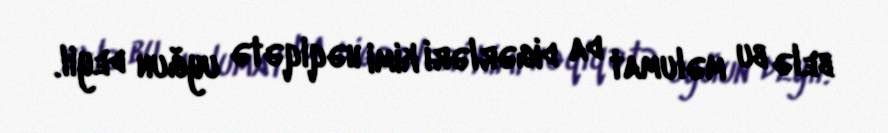
belə bu məlumat da digərləri kimi həqiqətə uyğun deyil.